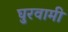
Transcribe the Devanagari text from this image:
घुरवामी